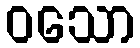
ဝသော